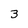
Character: 3